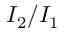
I _ { 2 } / I _ { 1 }